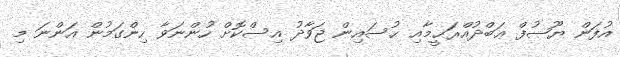
އުފަން ޔޫޞުފް ޢަބްދުއްރަޙީމާއި ޙުސައިން ޖަވާދު އިސްކޮށް ހުންނަވާ ހިންގަމުން އަންނަ މި